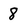
Character: 8